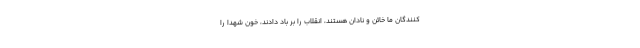
کنندگان ما خائن و نادان هستند، انقلاب را بر باد دادند، خون شهدا را